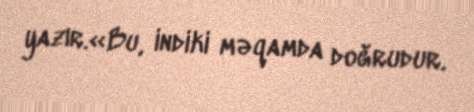
yazır.«Bu, indiki məqamda doğrudur.